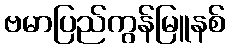
ဗမာပြည်ကွန်မြူနစ်